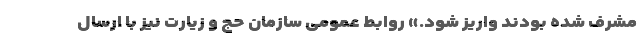
مشرف شده بودند واریز شود.» روابط عمومی سازمان حج و زیارت نیز با ارسال